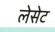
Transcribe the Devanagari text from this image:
लेसेट